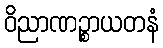
ဝိညာဏဉ္စာယတနံ